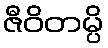
ဇီဝိတမ္ပိ